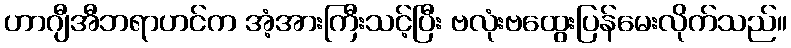
ဟာဂျီအီဘရာဟင်က အံ့အားကြီးသင့်ပြီး ဗလုံးဗထွေးပြန်မေးလိုက်သည်။